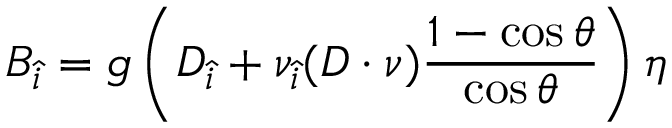
B _ { \hat { i } } = g \left( D _ { \hat { i } } + \nu _ { \hat { i } } ( D \cdot \nu ) \frac { 1 - \cos \theta } { \cos \theta } \right) \eta